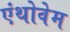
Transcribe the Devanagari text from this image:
एंथोवेम